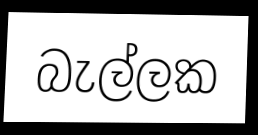
බැල්ලක